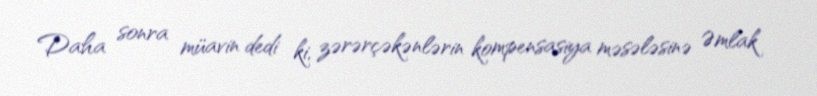
Daha sonra müavin dedi ki, zərərçəkənlərin kompensasiya məsələsinə Əmlak